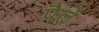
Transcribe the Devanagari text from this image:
पैले